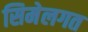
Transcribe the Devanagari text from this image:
सिमेलगत